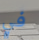
في